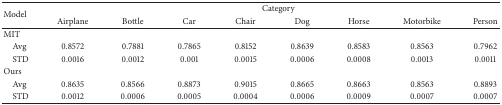
<table><thead><tr><td rowspan="2"><b>Model</b></td><td colspan="8"><b>Category</b></td></tr><tr><td><b>Airplane</b></td><td><b>Bottle</b></td><td><b>Car</b></td><td><b>Chair</b></td><td><b>Dog</b></td><td><b>Horse</b></td><td><b>Motorbike</b></td><td><b>Person</b></td></tr></thead><tbody><tr><td>MIT</td><td> </td><td> </td><td> </td><td> </td><td> </td><td> </td><td> </td><td> </td></tr><tr><td> Avg</td><td>0.8572</td><td>0.7881</td><td>0.7865</td><td>0.8152</td><td>0.8639</td><td>0.8583</td><td>0.8563</td><td>0.7962</td></tr><tr><td> STD</td><td>0.0016</td><td>0.0012</td><td>0.001</td><td>0.0015</td><td>0.0006</td><td>0.0008</td><td>0.0013</td><td>0.0011</td></tr><tr><td>Ours</td><td> </td><td> </td><td> </td><td> </td><td> </td><td> </td><td> </td><td> </td></tr><tr><td> Avg</td><td>0.8635</td><td>0.8566</td><td>0.8873</td><td>0.9015</td><td>0.8665</td><td>0.8663</td><td>0.8563</td><td>0.8893</td></tr><tr><td> STD</td><td>0.0012</td><td>0.0006</td><td>0.0005</td><td>0.0004</td><td>0.0006</td><td>0.0009</td><td>0.0007</td><td>0.0007</td></tr></tbody></table>